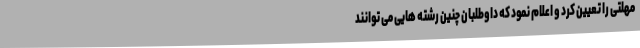
مهلتی را تعیین کرد و اعلام نمود که داوطلبان چنین رشته هایی می توانند